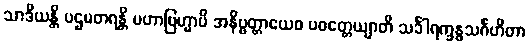
သာဒိယန္တိ ပဌမတရန္တိ မဟာဗြဟ္မာပိ အနိဗ္ဗတ္တာယေဝ ပဝတ္တေယျာတိ သင်္ခါရက္ခန္ဓသင်္ဂဟိတာ